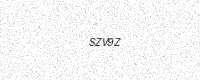
Text: SZV9Z